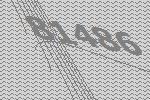
81486